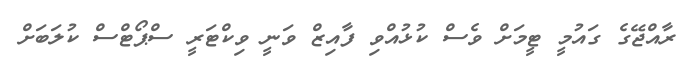
ރާއްޖޭގެ ގައުމީ ޓީމަށް ވެސް ކުޅުއްވި ފާއިޒް ވަނީ ވިކްޓަރީ ސްޕޯޓްސް ކުލަބަށް